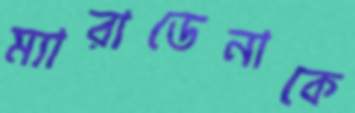
ম্যারাডেনাকে